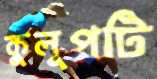
কুলুপটি